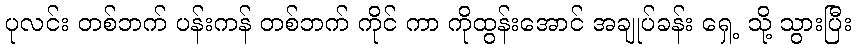
ပုလင်း တစ်ဘက် ပန်းကန် တစ်ဘက် ကိုင် ကာ ကိုထွန်းအောင် အချုပ်ခန်း ရှေ့ သို့ သွားပြီး